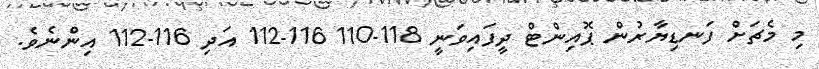
މި މެޗަށް ފަނޑިޔާރުން ޕޮއިންޓް ދީފައިވަނީ 118-110 116-112 އަދި 116-112 އިންނެވެ.